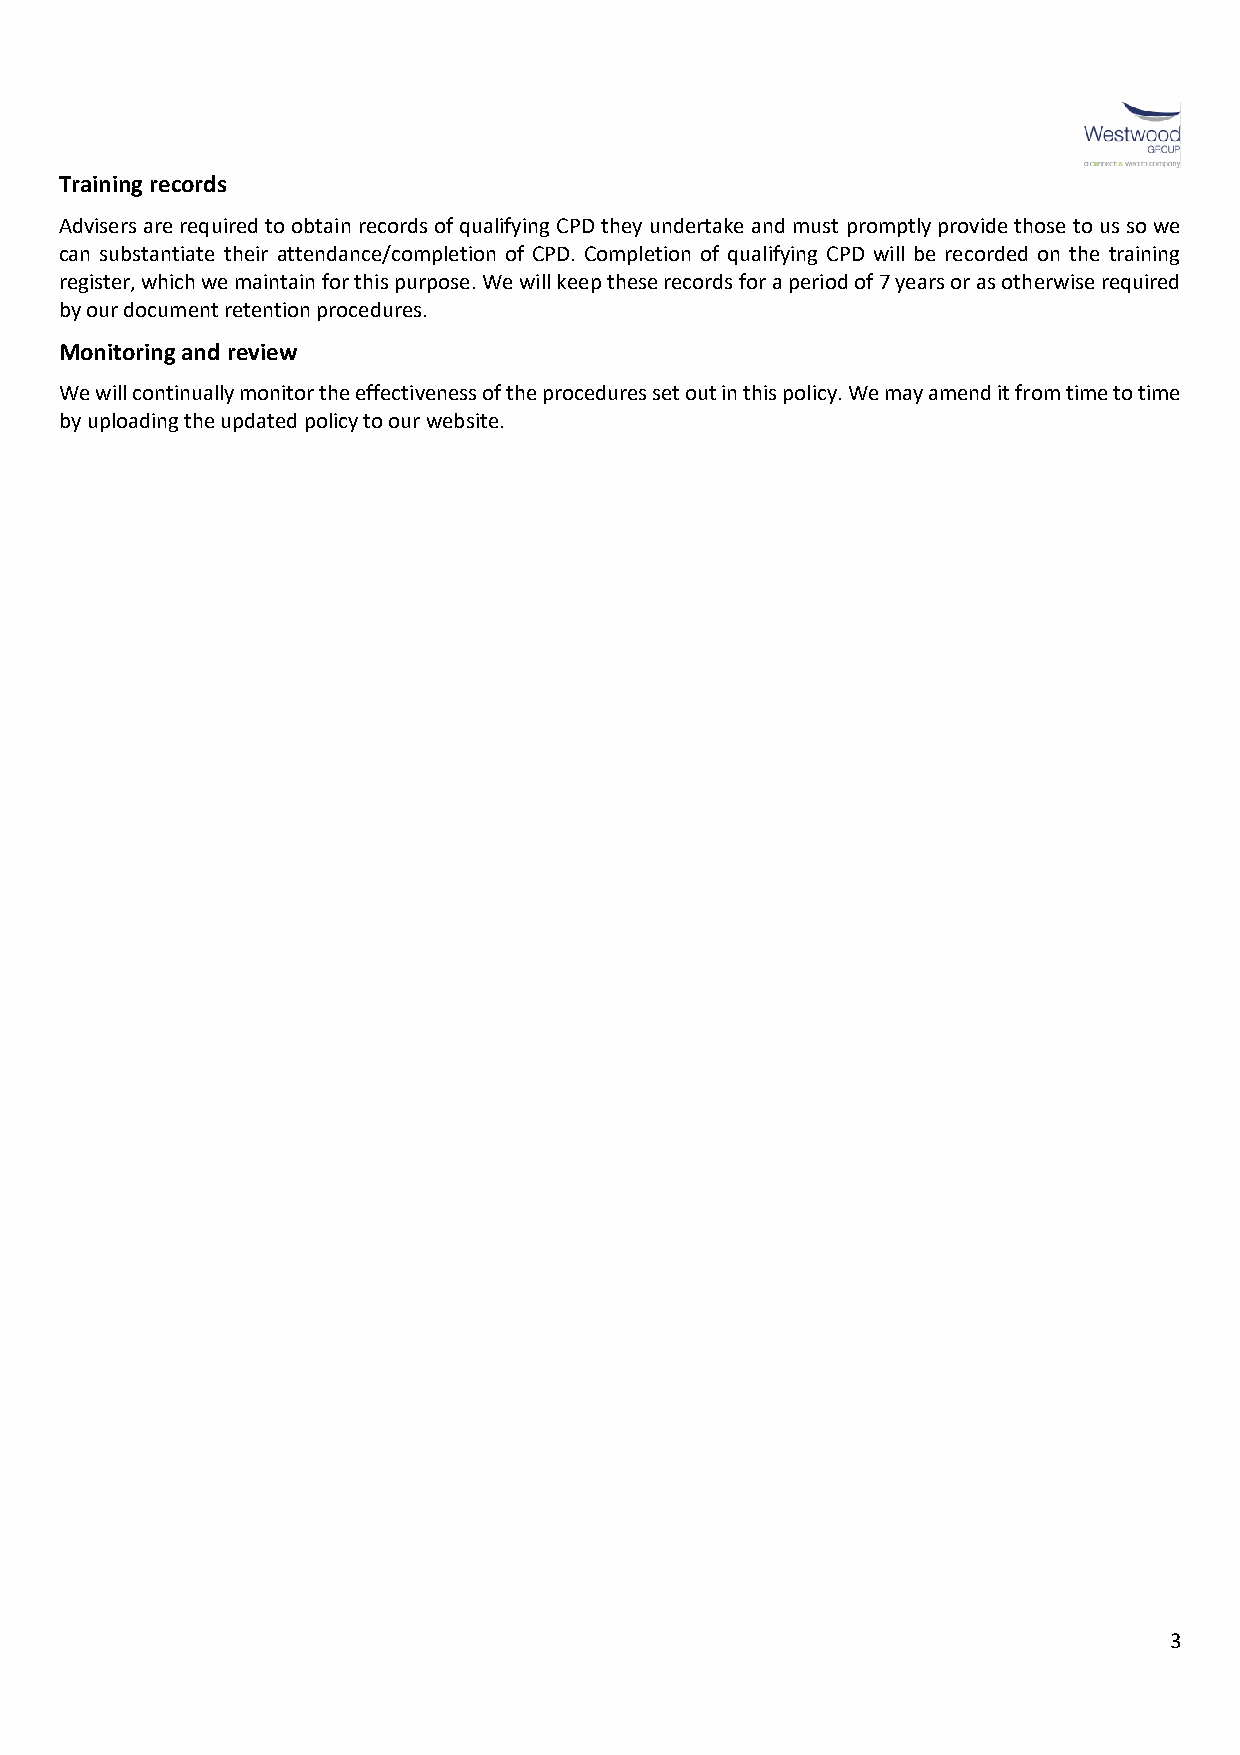
Training records
 Advisers are required to obtain records of qualifying CPD they undertake and must promptly provide those to us so we
 can substantiate their attendance/completion of CPD. Completion of qualifying CPD will be recorded on the training
 register, which we maintain for this purpose. We will keep these records for a period of 7 years or as otherwise required
 by our document retention procedures.
 Monitoring and review
 We will continually monitor the effectiveness of the procedures set out in this policy. We may amend it from time to time
 by uploading the updated policy to our website.
 3